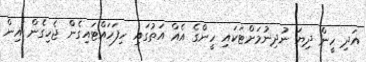
އަދި ހީން ދިޔަ ނުދިނުމަށްޓަކައި ހީންގެ އެއް އަތުގައި ހިފަހައްޓައިގެން ޖެހިގެން އިން